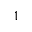
1